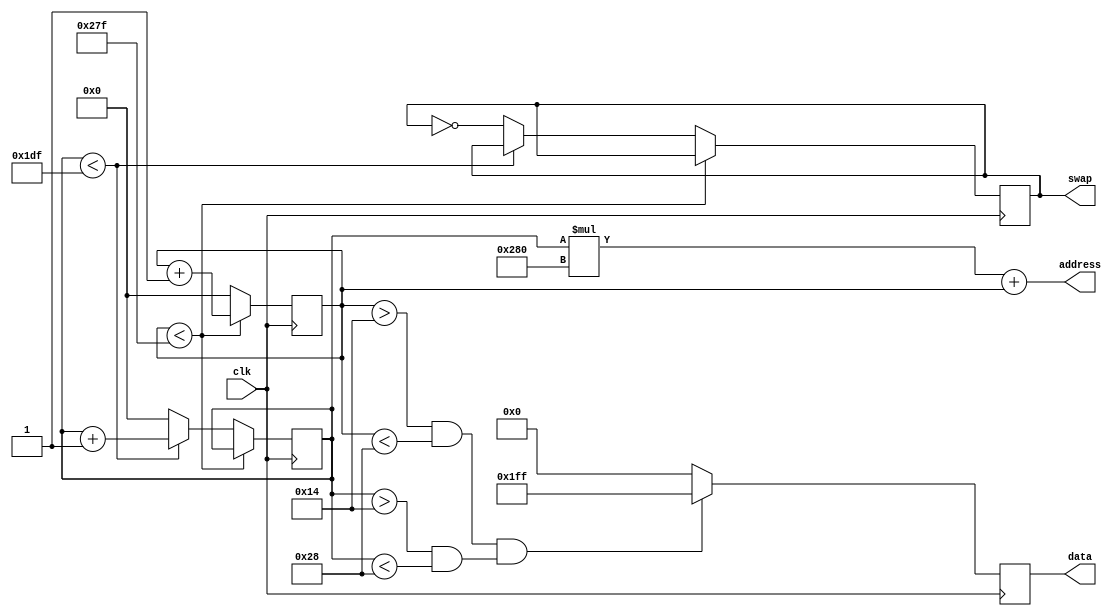
module TestBufferFrame (
    input wire clk,
    output reg swap,
    output reg [8:0] data,
    output reg [18:0] address
);

reg [2:0] color_r = 3'b000;
reg [2:0] color_g = 3'b000;
reg [2:0] color_b = 3'b000;

reg [9:0] posy = 0;
reg [9:0] posx = 0;
reg [9:0] counter;

// Write to frame buffer
always @* begin
    address = (posy * 640) + posx;
end




reg [9:0] speed;
reg dir;
reg [31:0] cnt;
initial begin
    cnt <= 32'h00000000; 
end
always @(posedge clk) begin
    cnt <= cnt + 1; 
end

always @(posedge cnt[19]) begin
    if (dir == 1'b0) begin
        if (speed < 10'd620) begin
            speed <= speed + 1;
        end else begin
            dir <= 1'b1; // Use non-blocking assignment for sequential logic
        end
    end else begin
        if (speed > 10'd0) begin
            speed <= speed - 1;
        end else begin
            dir <= 1'b0; // Use non-blocking assignment for sequential logic
        end
    end
end

always @(posedge clk) begin
    // Update posx and posy sequentially
    if (posx < 639) begin
        posx <= posx + 1;
    end else if (posy < 479) begin
        posx <= 0;
        posy <= posy + 1;
    end else begin
        // Reset to beginning after reaching the end of the frame
        posx <= 0;
        posy <= 0;
		  swap <= ~swap;
    end

end



always @(posedge clk) begin
    // Update posx and posy sequentially
    //if (posx > (speed) && posx < (speed + 20)) begin
	//		data <= {3'b111, 3'b111, 3'b111}; // Red color
	 //end else begin
	//		data <= {3'b000, 3'b000, 3'b000}; // Red color
	 //end
	 
	 
	 if ((posx > 20 && posx < 40) && (posy > 20 && posy < 40)) begin
			data <= {3'b111, 3'b111, 3'b111}; // Red color
	 end else begin
			data <= {3'b000, 3'b000, 3'b000}; // Red color
	 end

end

endmodule